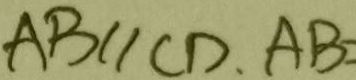
A B / / C D , A B =